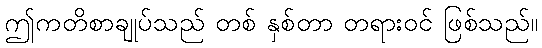
ဤကတိစာချုပ်သည် တစ် နှစ်တာ တရားဝင် ဖြစ်သည်။